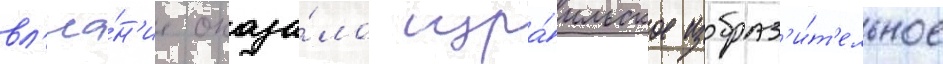
вл'иа́н'ие оказа́ло изра́ильское изобраз'и́т'ельное